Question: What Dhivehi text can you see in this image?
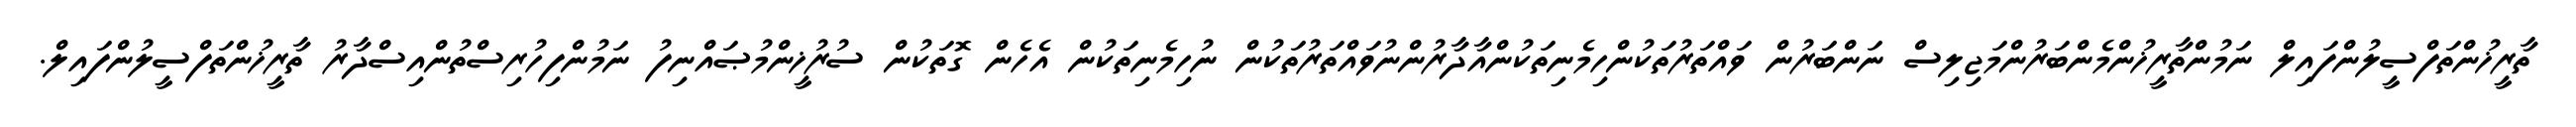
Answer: ތާރީޚުންތަފްސީލުންފައިލް ނަމުންތާރީޚުންމެންބަރުންމަޖިލިސް ނަންބަރުން ވައްތަރުތަކުންހިމެނިތަކުންއާދާރުންނުވައްތަރުތަކުން ނުހިމެނިތަކުން އެހެން ގޮތަކުން ސުރުޚީންމުޞައްނިފު ނަމުންފިހުރިސްތުންއިސްދާރު ތާރީޚުންތަފްސީލުންފައިލް.